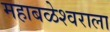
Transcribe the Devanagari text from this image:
महाबळेश्वराला